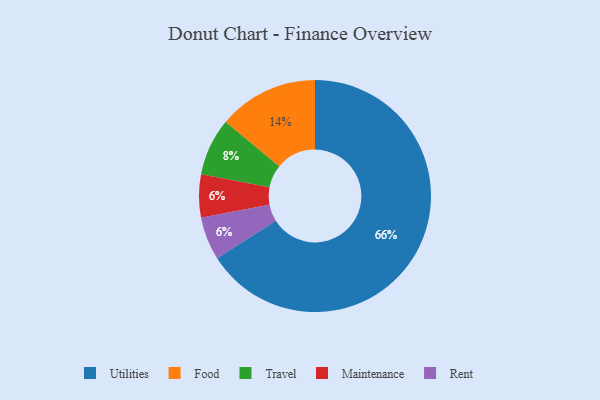
{"axis": {"x": "Category", "y": "Percentage"}, "legend": ["Food", "Maintenance", "Rent", "Travel", "Utilities"], "data": [{"x": "Travel", "y": 8, "type": "Travel"}, {"x": "Utilities", "y": 66, "type": "Utilities"}, {"x": "Food", "y": 14, "type": "Food"}, {"x": "Maintenance", "y": 6, "type": "Maintenance"}, {"x": "Rent", "y": 6, "type": "Rent"}]}